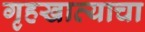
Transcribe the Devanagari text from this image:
गृहखात्याचा